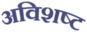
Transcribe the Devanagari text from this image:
अविशष्ट